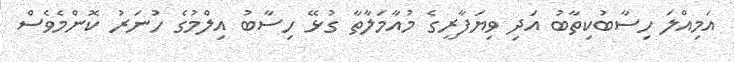
އަމިއްލަ ހިސާބުކިތާބު އަދި ވިޔަފާރީގެ މުއާމަލާތާ ގުޅޭ ހިސާބު އިލްމުގެ ހުނަރު ކޮންމެވެސް